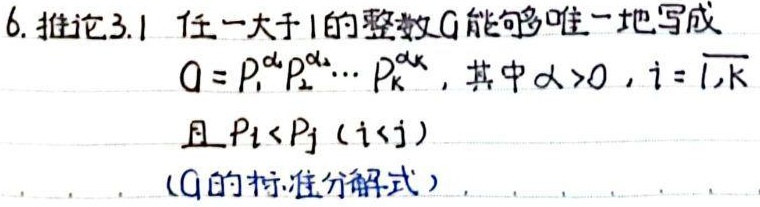
6. 推论3.1 任一大于1的整数$G$能够唯一地写成
$G = p_1^{\alpha_1}p_2^{\alpha_2}\cdots p_k^{\alpha_k}$，其中$\alpha_i > 0$，$i = \overline{1,k}$
且$p_i < p_j$ ($i < j$)
（$G$的标准分解式）